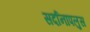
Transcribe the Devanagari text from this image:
सर्दानापलुस